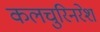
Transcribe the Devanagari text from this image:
कलचुरिनरेश